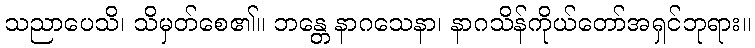
သညာပေသိ၊ သိမှတ်စေ၏။ ဘန္တေ နာဂသေနာ၊ နာဂသိန်ကိုယ်တော်အရှင်ဘုရား။